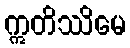
ဣတိဿိမေ